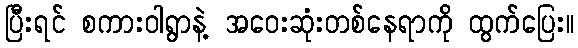
ပြီးရင် စကားဝါရွာနဲ့ အဝေးဆုံးတစ်နေရာကို ထွက်ပြေး။